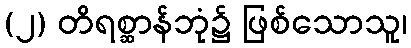
(၂) တိရစ္ဆာန်ဘုံ၌ ဖြစ်သောသူ၊